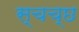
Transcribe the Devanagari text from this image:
स्चच्छ